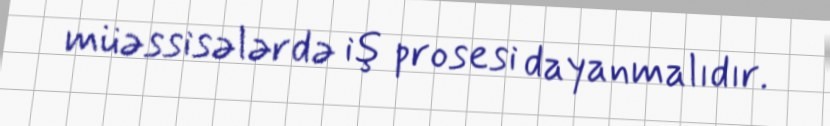
müəssisələrdə iş prosesi dayanmalıdır.